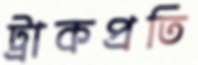
ট্রাকপ্রতি